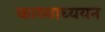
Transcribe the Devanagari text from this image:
काव्याध्ययन